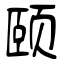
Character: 颐